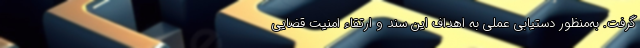
گرفت. به‌منظور دستیابی عملی به اهداف این سند و ارتقاء امنیت قضایی